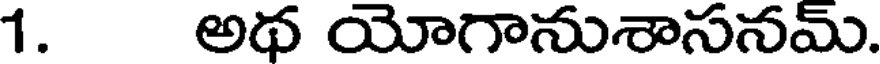
1. అథ యోగానుశాసనమ్.